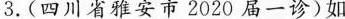
3.(四川省雅安市2020届一诊)如